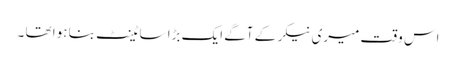
اس وقت میری نیکر کے آگے ایک بڑا سا ٹینٹ بنا ہوا تھا ۔